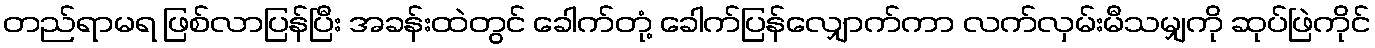
တည်ရာမရ ဖြစ်လာပြန်ပြီး အခန်းထဲတွင် ခေါက်တုံ့ ခေါက်ပြန်လျှောက်ကာ လက်လှမ်းမီသမျှကို ဆုပ်ဖြဲကိုင်